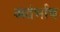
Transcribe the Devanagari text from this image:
अतंर्भाव